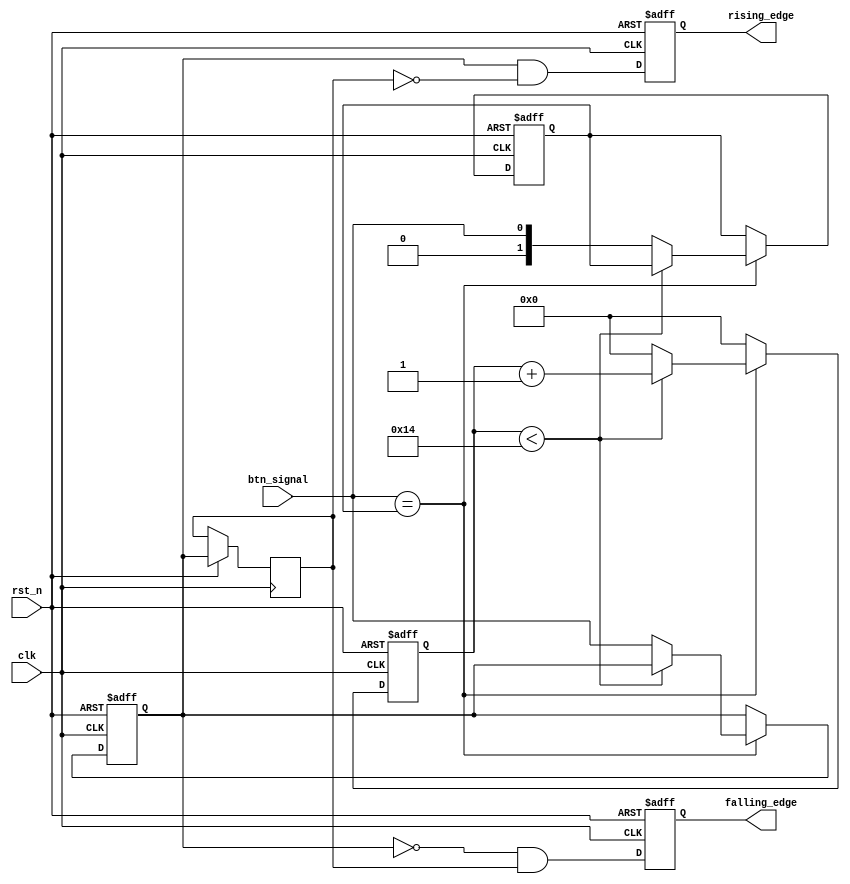
module DebouncedEdgeDetector (
    input wire clk,          // Clock input
    input wire rst_n,       // Active low reset
    input wire btn_signal,   // Asynchronous input signal (from switch)
    output reg rising_edge,  // Output signal for rising edge detection
    output reg falling_edge  // Output signal for falling edge detection
);

    // Parameters
    localparam DEBOUNCE_TIME = 20; // Debounce time in terms of clock cycles

    // State Variables
    reg [1:0] current_state; // Current debounced state
    reg [1:0] next_state;    // Next debounced state
    reg [3:0] debounce_counter; // Counter for debouncing
    reg stable_signal;       // Stores the stable state of the input

    // Detecting edges
    reg last_stable_signal;   // Previous stable state for edge detection

    // Debouncing logic
    always @(posedge clk or negedge rst_n) begin
        if (!rst_n) begin
            debounce_counter <= 0;
            current_state <= 0;
            stable_signal <= 0;
            rising_edge <= 0;
            falling_edge <= 0;
        end else begin
            // If signal is stable for the debounce time
            if (btn_signal == current_state) begin
                if (debounce_counter < DEBOUNCE_TIME) begin
                    debounce_counter <= debounce_counter + 1; 
                end else begin
                    stable_signal <= btn_signal;
                    current_state <= btn_signal; // Capture stable state
                    debounce_counter <= 0; // Reset counter
                end
            end else begin
                debounce_counter <= 0; // Reset counter on change
            end
            
            // Edge Detection Logic
            last_stable_signal <= stable_signal; // Store last stable state
            rising_edge <= (stable_signal && !last_stable_signal); // Detect rising edge
            falling_edge <= (!stable_signal && last_stable_signal); // Detect falling edge
        end
    end

endmodule